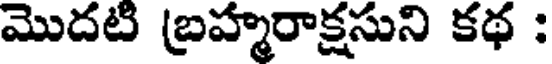
మొదటి బ్రహ్మరాక్షసుని కథ :